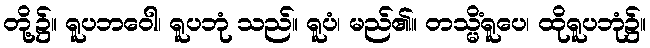
တို့၌။ ရူပဘဝေါ၊ ရူပဘုံ သည်။ ရူပံ၊ မည်၏။ တသ္မိံရူပေ၊ ထိုရူပဘုံ၌။